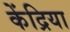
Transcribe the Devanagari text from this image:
केंद्रिया